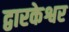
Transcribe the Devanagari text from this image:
द्वारकेश्वर